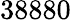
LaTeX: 38880